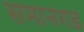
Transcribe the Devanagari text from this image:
समानगड